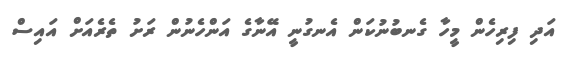
އަދި ފިރިހެން މީހާ ގެނބުނުކަން އެނގުނީ އޭނާގެ އަންހެނުން ރަށު ތެރެއަށް އައިސް